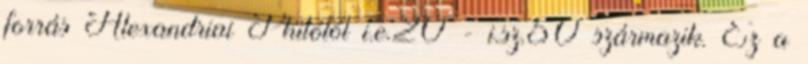
forrás Alexandriai Philótól i.e.20 - i.sz.50 származik. Ez a